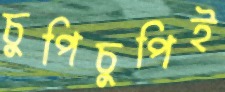
চুপিচুপিই